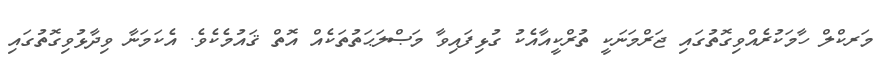
މަރކްލް ހާމަކުރެއްވިގޮތުގައި ޖަރްމަނަކީ ތުރްކީއާއެކު ގުޅިފައިވާ މަޞްލަޙަތުތަކެއް އޮތް ޤައުމެކެވެ. އެކަމަނާ ވިދާޅުވިގޮތުގައި